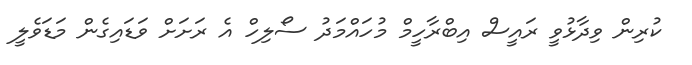
ކުރިން ވިދާޅުވީ ރައީސް އިބްރާހީމް މުހައްމަދު ސޯލިހް އެ ރަށަށް ވަޑައިގެން މަޑަވެލީ